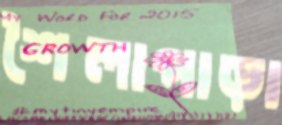
শৈলাপাড়া